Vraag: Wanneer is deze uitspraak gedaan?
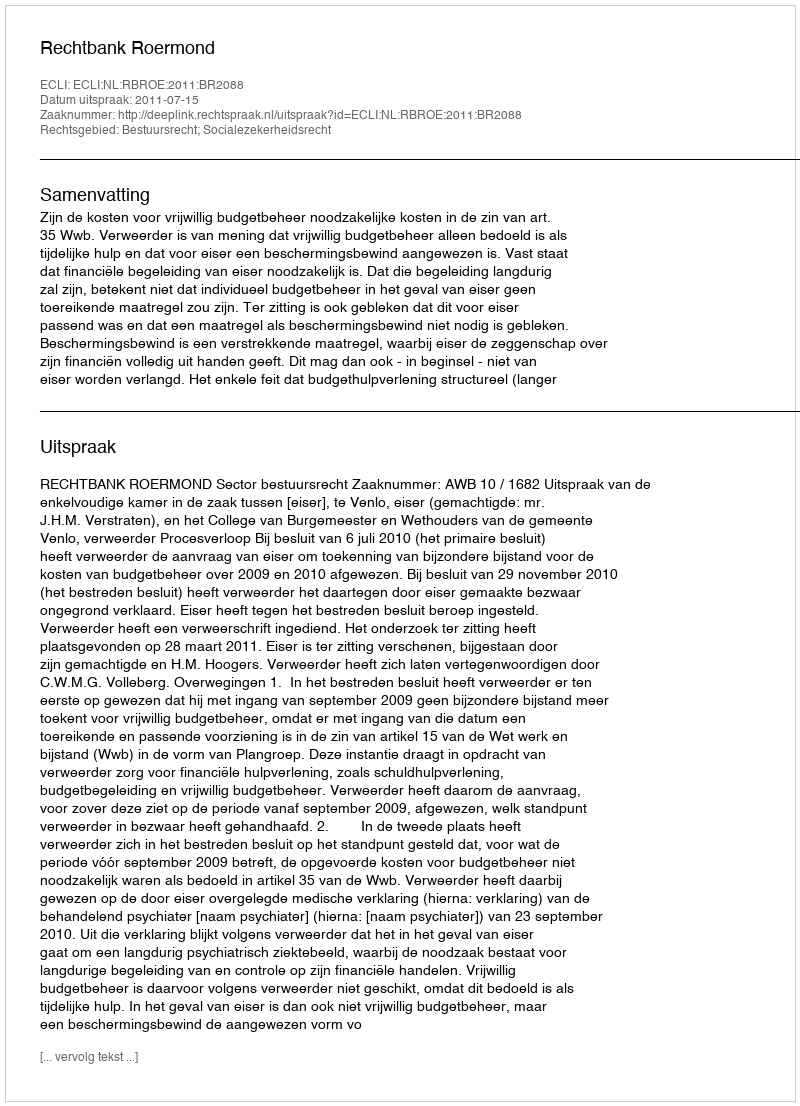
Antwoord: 2011-07-15